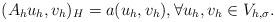
LaTeX: \begin{align*}(A_h u_h, v_h)_H = a(u_h, v_h), \forall u_h, v_h \in V_{h,\sigma}.\end{align*}